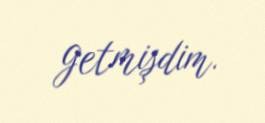
getmişdim.